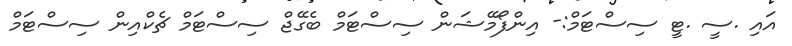
އައި .ސީ .ޓީ ސިސްޓަމް:- އިންފޯމޭޝަން ސިސްޓަމް ބެގޭޖް ސިސްޓަމް ޗެކްއިން ސިސްޓަމް